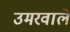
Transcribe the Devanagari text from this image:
उमरवाले